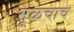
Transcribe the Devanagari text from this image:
मूळचाच